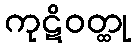
ကုဋိဝတ္ထု